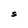
Character: S